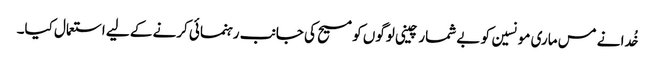
خُدا نے مس ماری مونسین کو بے شمار چینی لوگوں کو مسیح کی جانب رہنمائی کرنے کے لیے استعمال کیا۔